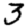
Digit: 3